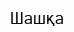
Шашқа